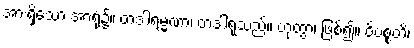
အားရှိသော အာရုံ၌။ တဒါရမ္မဏာ၊ တဒါရုံသည်။ ဟုတွာ၊ ဖြစ်၍။ ဝိပစ္စတိ၊